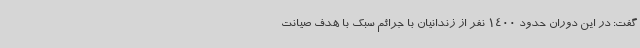
گفت: در این دوران حدود 1400 نفر از زندانیان با جرائم سبک با هدف صیانت